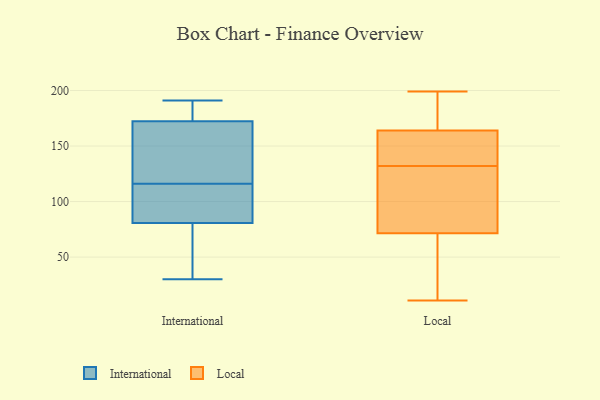
{"axis": {"x": "Inventory Turnover", "y": "Value"}, "legend": ["International", "Local"], "data": [{"x": "", "y": 121, "type": "International"}, {"x": "", "y": 49, "type": "International"}, {"x": "", "y": 78, "type": "International"}, {"x": "", "y": 96, "type": "International"}, {"x": "", "y": 30, "type": "International"}, {"x": "", "y": 158, "type": "International"}, {"x": "", "y": 47, "type": "International"}, {"x": "", "y": 89, "type": "International"}, {"x": "", "y": 177, "type": "International"}, {"x": "", "y": 180, "type": "International"}, {"x": "", "y": 127, "type": "International"}, {"x": "", "y": 116, "type": "International"}, {"x": "", "y": 108, "type": "International"}, {"x": "", "y": 191, "type": "International"}, {"x": "", "y": 184, "type": "International"}, {"x": "", "y": 199, "type": "Local"}, {"x": "", "y": 144, "type": "Local"}, {"x": "", "y": 11, "type": "Local"}, {"x": "", "y": 132, "type": "Local"}, {"x": "", "y": 74, "type": "Local"}, {"x": "", "y": 183, "type": "Local"}, {"x": "", "y": 137, "type": "Local"}, {"x": "", "y": 132, "type": "Local"}, {"x": "", "y": 33, "type": "Local"}, {"x": "", "y": 150, "type": "Local"}, {"x": "", "y": 181, "type": "Local"}, {"x": "", "y": 134, "type": "Local"}, {"x": "", "y": 178, "type": "Local"}, {"x": "", "y": 111, "type": "Local"}, {"x": "", "y": 69, "type": "Local"}, {"x": "", "y": 88, "type": "Local"}, {"x": "", "y": 55, "type": "Local"}, {"x": "", "y": 83, "type": "Local"}, {"x": "", "y": 28, "type": "Local"}, {"x": "", "y": 178, "type": "Local"}]}